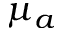
\mu _ { a }